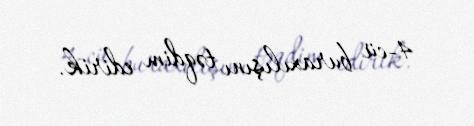
4-cü buraxılışını təqdim edirik.